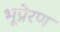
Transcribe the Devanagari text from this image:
भूप्रेरण